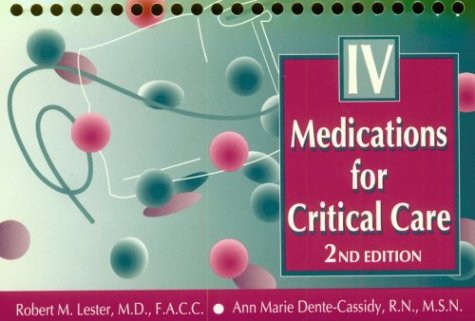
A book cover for Intravenous Medications for Critical Care, 2e; Robert M. Lester MD  FACC; Medical Books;